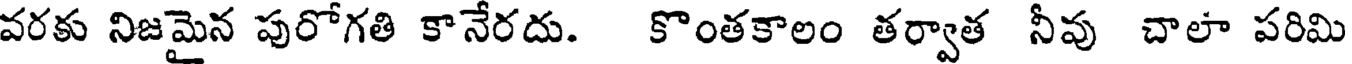
వరకు నిజమైన పురోగతి కానేరదు. కొంతకాలం తర్వాత నీవు చాలా పరిమి